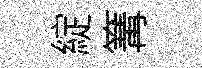
綻篝